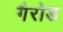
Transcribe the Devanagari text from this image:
गैरोड